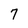
Character: 7